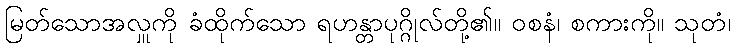
မြတ်သောအလှူကို ခံထိုက်သော ရဟန္တာပုဂ္ဂိုလ်တို့၏။ ဝစနံ၊ စကားကို။ သုတံ၊